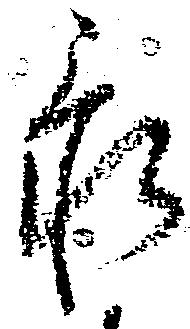
忝